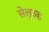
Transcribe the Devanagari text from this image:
सेलुरुह